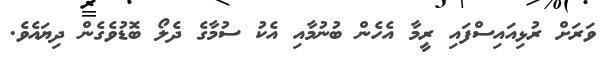
ވަރަށް ރުޅިއައިސްފައި ރީމާ އެހެން ބުނުމާއި އެކު ސުމާގެ ދެލޯ ބޮޑުވެގެން ދިޔައެވެ.